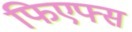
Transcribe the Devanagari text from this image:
फिएफ्स